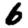
Digit: 6